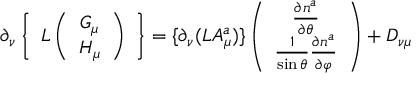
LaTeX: \partial _ { \nu } \left\{ \begin{array} { c } { { L \left( \begin{array} { c } { { G _ { \mu } } } \\ { { H _ { \mu } } } \end{array} \right) } } \end{array} \right\} = \{ \partial _ { \nu } ( L A _ { \mu } ^ { a } ) \} \left( \begin{array} { c } { { \frac { \partial n ^ { a } } { \partial \theta } } } \\ { { \frac { 1 } { \sin \theta } \frac { \partial n ^ { a } } { \partial \varphi } } } \end{array} \right) + D _ { \nu \mu }